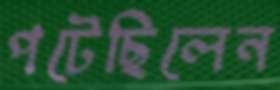
পটেছিলেন